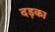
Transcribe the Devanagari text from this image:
दड़का